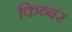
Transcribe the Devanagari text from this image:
किब्‍बर